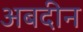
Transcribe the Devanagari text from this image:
अबदीन